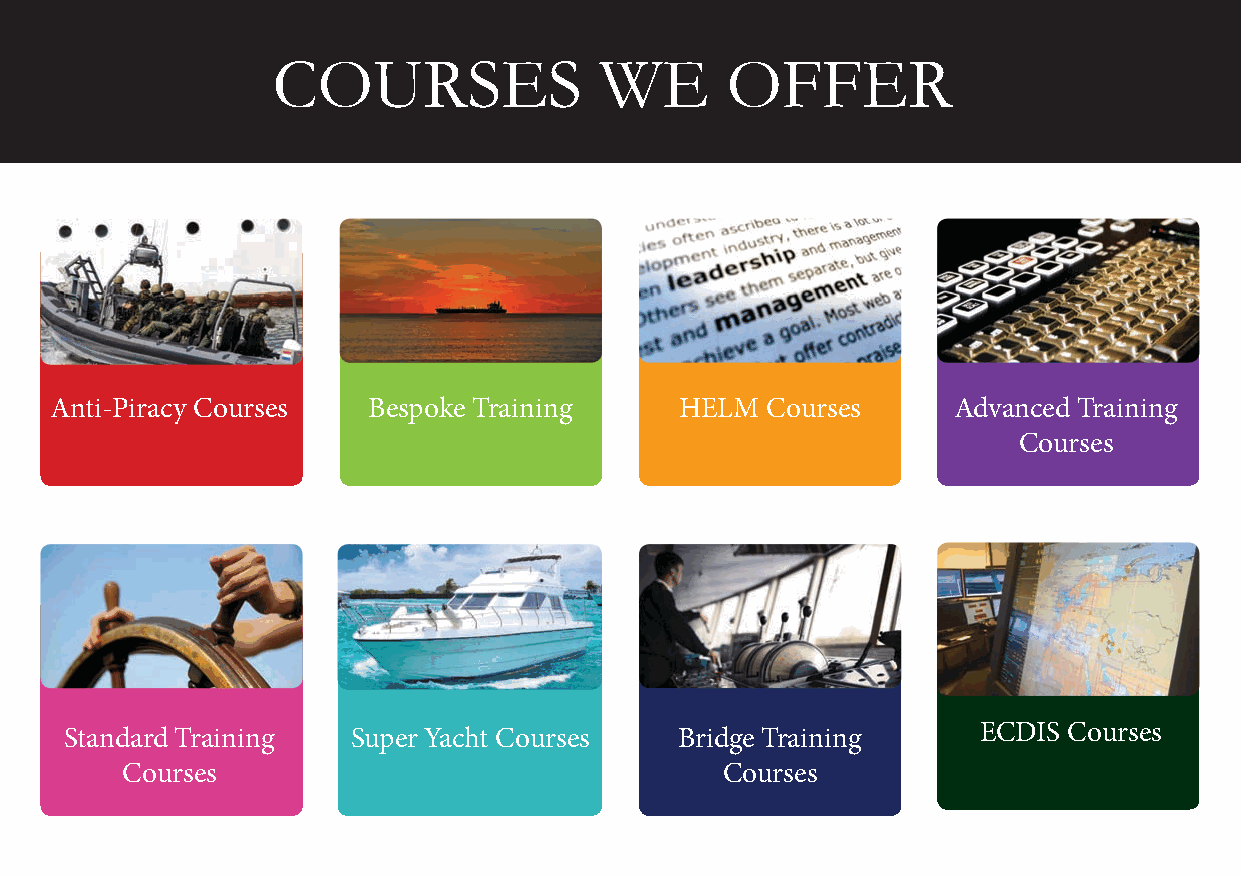
COURSES               WE      OFFER
 Anti-Piracy Courses  Bespoke Training     HELM  Courses     Advanced Training
 Courses
 Standard Training  Super Yacht Courses   Bridge Training     ECDIS Courses
 Courses                                 Courses